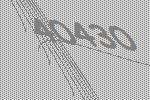
40430